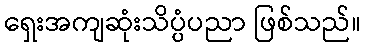
ရှေးအကျဆုံးသိပ္ပံပညာ ဖြစ်သည်။